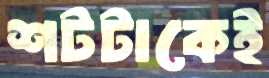
শটটাকেই